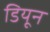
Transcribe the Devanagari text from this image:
डियून